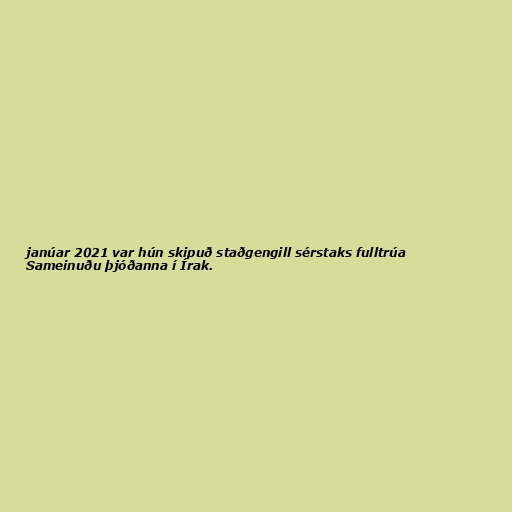
janúar 2021 var hún skipuð staðgengill sérstaks fulltrúa
Sameinuðu þjóðanna í Írak.